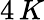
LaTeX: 4\, K